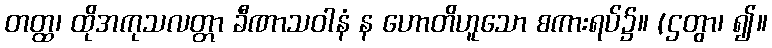
တတ္ထ၊ ထိုအကုသလတ္တာ ခီဏာသဝါနံ န ဟောတိဟူသော စကားရပ်၌။ (ဌတွာ၊ ၍။